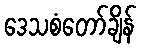
ဒေသစံတော်ချိန်